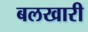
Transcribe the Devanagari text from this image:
बलखारी